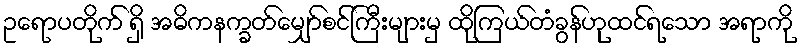
ဥရောပတိုက် ရှိ အဓိကနက္ခတ်မျှော်စင်ကြီးများမှ ထိုကြယ်တံခွန်ဟုထင်ရသော အရာကို